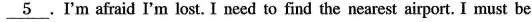
\underline{5}.I'm afraid I'm lost. I need to find the nearest airport. I must be